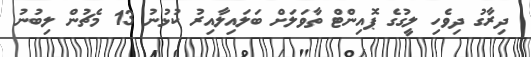
ދިރާގު ދިވެހި ލީގުގެ ޕޮއިންޓް ތާވަލަށް ބަލައިލާއިރު ކުޅުނު 13 މެޗުން ލިބުނު